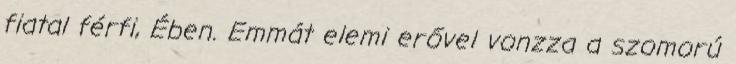
fiatal férfi, Ében. Emmát elemi erővel vonzza a szomorú